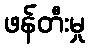
ဖန်တီးမှု